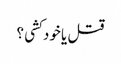
قتل یا خود کشی ؟